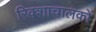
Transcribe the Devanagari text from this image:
रिक्शाचालकों